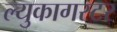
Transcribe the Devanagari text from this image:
ल्युकागस्टर